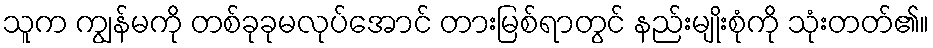
သူက ကျွန်မကို တစ်ခုခုမလုပ်အောင် တားမြစ်ရာတွင် နည်းမျိုးစုံကို သုံးတတ်၏။